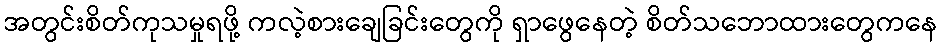
အတွင်းစိတ်ကုသမှုရဖို့ ကလဲ့စားချေခြင်းတွေကို ရှာဖွေနေတဲ့ စိတ်သဘောထားတွေကနေ